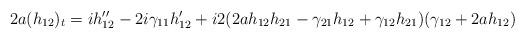
LaTeX: \begin{align*}2a(h_{12})_t = i h''_{12} -2i\gamma_{11} h_{12}' + i2 (2a h_{12}h_{21} - \gamma_{21} h_{12}+\gamma_{12} h_{21}) (\gamma_{12} +2ah_{12})\end{align*}